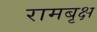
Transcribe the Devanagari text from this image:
रामबृक्ष